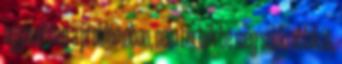
ugyanebben a problémában, nem törték be még senki ablakát,